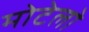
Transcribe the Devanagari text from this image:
मोटेलो